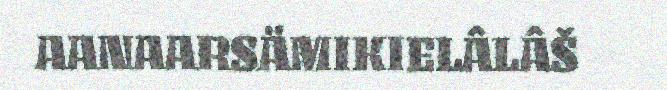
AANAARSÄMIKIELÂLÂŠ